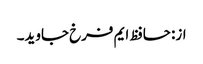
از: حافظ ایم فرخ جاوید۔